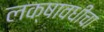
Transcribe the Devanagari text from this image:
लक्षावधीचा